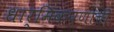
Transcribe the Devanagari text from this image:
धार्मिकपणाची